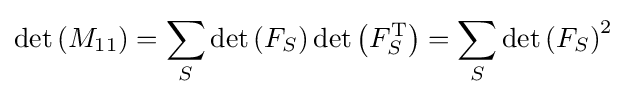
\det \left(M_{11}\right)=\sum _{S}\det \left(F_{S}\right)\det \left(F_{S}^{\mathrm {T} }\right)=\sum _{S}\det \left(F_{S}\right)^{2}